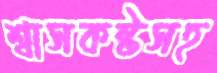
শ্বাসকষ্টসহ